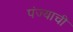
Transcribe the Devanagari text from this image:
पंज्याची